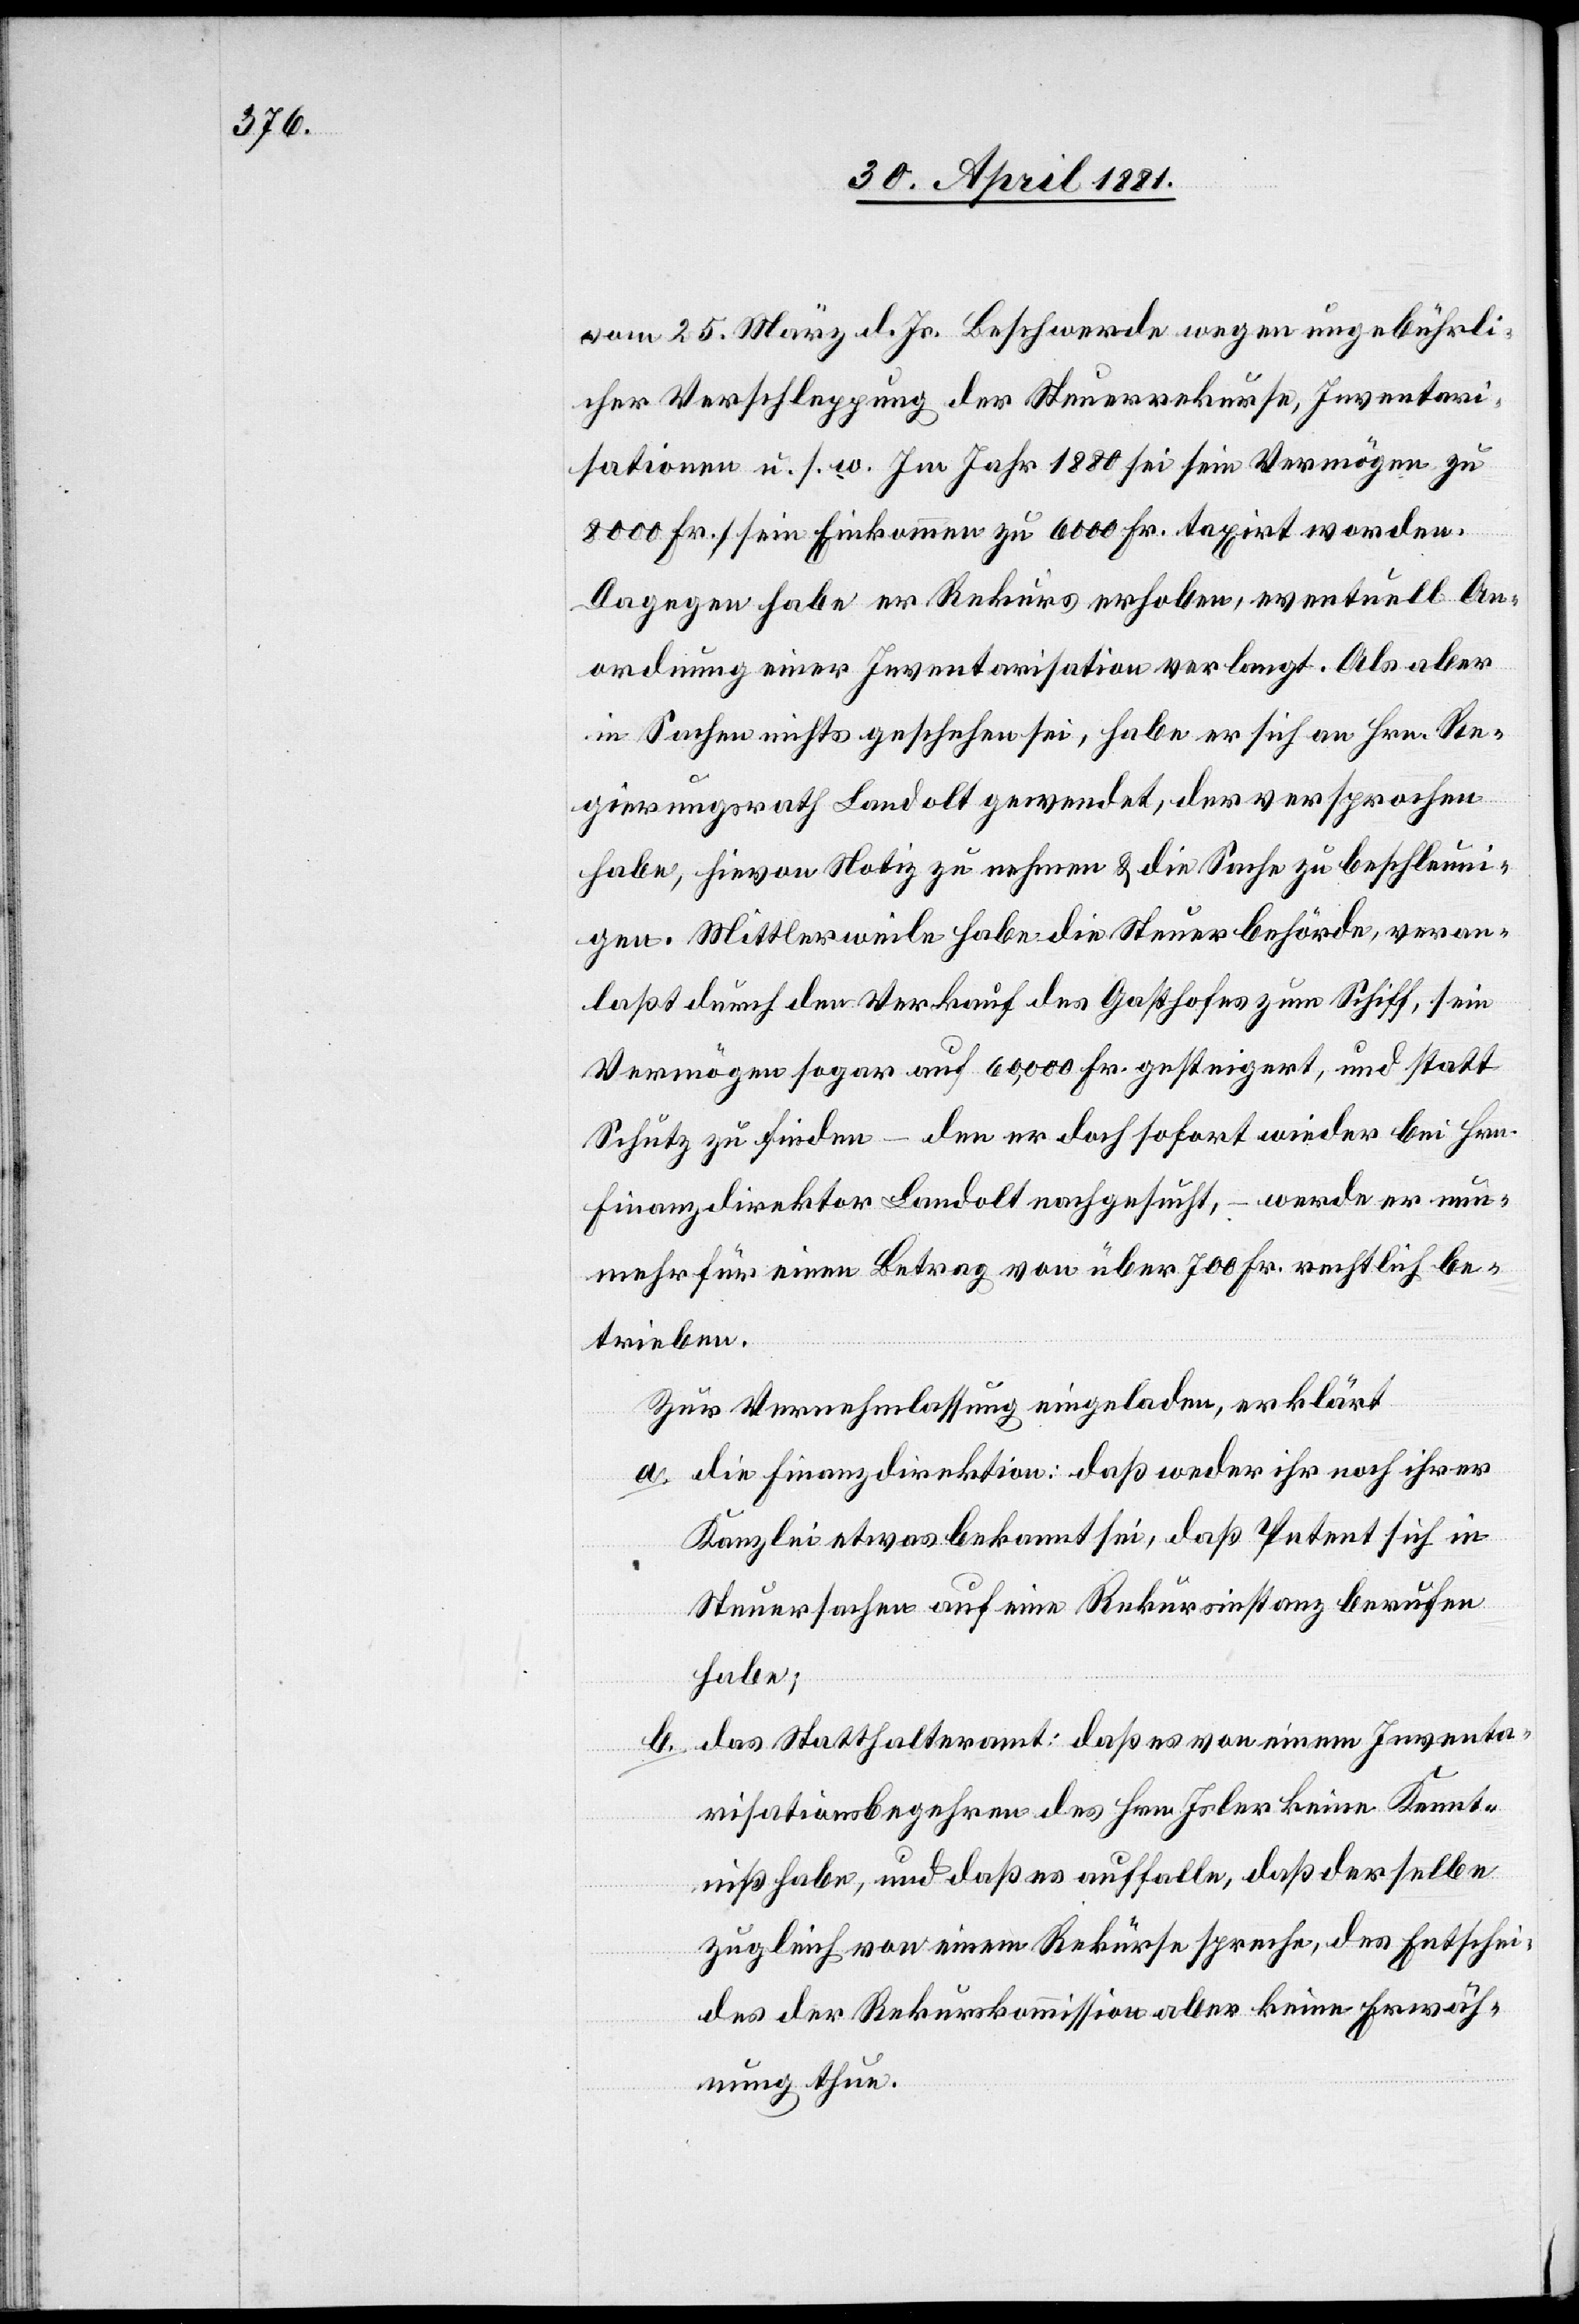
vom 25. März d. Js. Beschwerde wegen ungebührli¬
cher Verschleppung der Steuerrekurse, Inventari¬
sationen u. s. w. Im Jahr 1880 sei sein Vermögen zu
8000 Fr., sein Einkommen zu 6000 Fr. taxirt worden.
Dagegen habe er Rekurs erhoben, eventuell An¬
ordnung einer Inventarisation verlangt. Als aber
in Sachen nichts geschehen sei, habe er sich an Hrn. Re¬
gierungsrath Landolt gewendet, der versprochen
habe, hievon Notiz zu nehmen & die Sache zu beschleuni¬
gen. Mittlerweile habe die Steuerbehörde, veran¬
laßt durch den Verkauf des Gasthofes zum Schiff, sein
Vermögen sogar auf 60,000 Fr. gesteigert, und statt
Schutz zu finden – den er doch sofort wieder bei Hrn.
Finanzdirektor Landolt nachgesucht, – werde er nun¬
mehr für einen Betrag von über 700 Fr. rechtlich be¬
trieben.
Zur Vernehmlassung eingeladen, erklärt
a. die Finanzdirektion: daß weder ihr noch ihrer
Kanzlei etwas bekannt sei, daß Petent sich in
Steuersachen auf eine Rekursinstanz berufen
habe;
das Statthalteramt: daß es von einem Inventa¬
risationsbegehren des Hrn. Joler keine Kennt¬
niß habe, und daß es auffalle, daß derselbe
zugleich von einem Rekurse spreche, des Entschei¬
des der Rekurskommission aber keine Erwäh¬
nung thue.